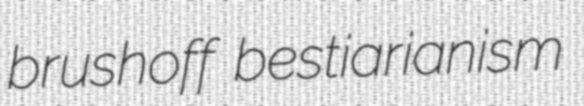
brushoff bestiarianism